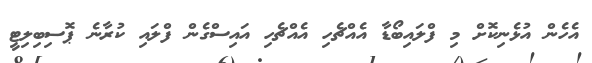
އެހެން އުޅެނިކޮށް މި ފްލައިބޯޑާ އެއްޗެހި އެއްޗެހި އައިސްގެން ފްލައި ކުރާނެ ޕޮސިބިލިޓީ